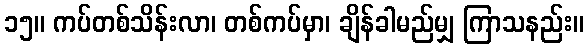
၁၅။ ကပ်တစ်သိန်းလာ၊ တစ်ကပ်မှာ၊ ချိန်ခါမည်မျှ ကြာသနည်း။